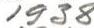
1938